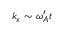
k _ { x } \sim \omega _ { A } ^ { \prime } t